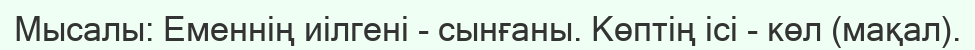
Мысалы: Еменнің иілгені - сынғаны. Көптің ісі - көл (мақал).